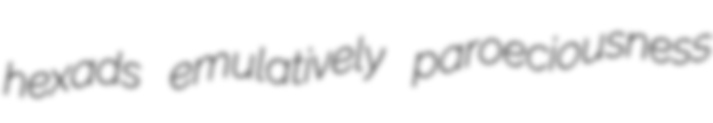
hexads emulatively paroeciousness